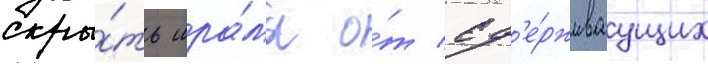
скры́ть шра́мы о́т сд'е́рживаущих